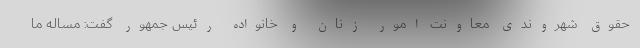
حقوق شهروندی معاونت امور زنان و خانواده رئیس جمهور گفت: مساله ما